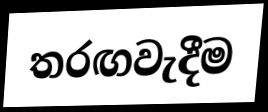
තරඟවැදීම